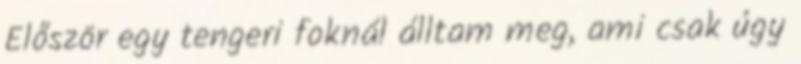
Először egy tengeri foknál álltam meg, ami csak úgy